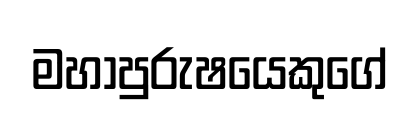
මහාපුරුෂයෙකුගේ